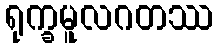
ရုက္ခမူလဂတဿ